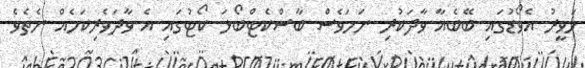
ހަވީރު އެވޯޑުގައި ބޭބެއާ ވާދަކުރި ނަމަވެސް ބާސްކެޓްބޯޅަ ކޯޓުގައި އެ ވާދަވެރިކަމެއް ނެތެވެ.